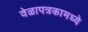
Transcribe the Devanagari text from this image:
वेळापत्रकामध्ये